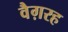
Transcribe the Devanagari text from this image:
वैग़रह